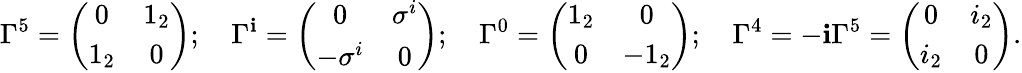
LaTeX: \Gamma^{5}=\left(\begin{array}{cc}{{0}}&{{1_{2}}}\\ {{1_{2}}}&{{0}}\end{array}\right);\quad\Gamma^{\mathbf{i}}=\left(\begin{array}{cc}{{0}}&{{\sigma^{i}}}\\ {{-\sigma^{i}}}&{{0}}\end{array}\right);\quad\Gamma^{0}=\left(\begin{array}{cc}{{1_{2}}}&{{0}}\\ {{0}}&{{-1_{2}}}\end{array}\right);\quad\Gamma^{4}=-\mathbf{i}\Gamma^{5}=\left(\begin{array}{cc}{{0}}&{{i_{2}}}\\ {{i_{2}}}&{{0}}\end{array}\right).